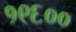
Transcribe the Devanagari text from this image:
१९६००